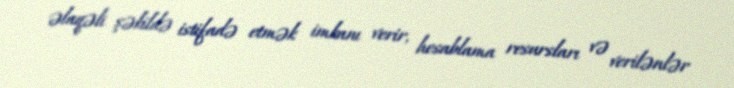
əlaqəli şəkildə istifadə etmək imkanı verir, hesablama resursları və verilənlər